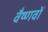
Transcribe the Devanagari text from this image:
वैष्‍णवों